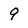
Character: 9